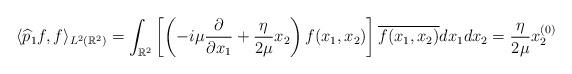
LaTeX: \begin{align*}\langle \widehat{p}_1 f ,f \rangle_{L^2 (\mathbb{R}^2)}= \int_{\mathbb{R}^2} \left[\left(-i \mu \frac{\partial}{\partial x_1} + \frac{\eta}{2 \mu} x_2 \right)f (x_1, x_2) \right] \overline{f (x_1, x_2)} dx_1 dx_2 = \frac{\eta}{2 \mu} x_2^{(0)}\end{align*}